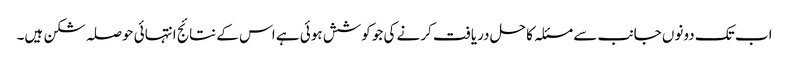
اب تک دونوں جانب سے مسئلہ کا حل دریافت کرنے کی جو کوشش ہوئی ہے اس کے نتائج انتہائی حوصلہ شکن ہیں۔